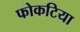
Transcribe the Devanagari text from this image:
फोकटिया